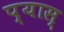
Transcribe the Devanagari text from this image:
प्यास्